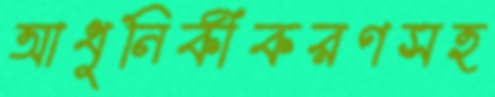
আধুনিকীকরণসহ